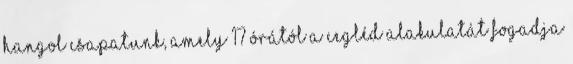
hangol csapatunk, amely 17 órától a Cegléd alakulatát fogadja